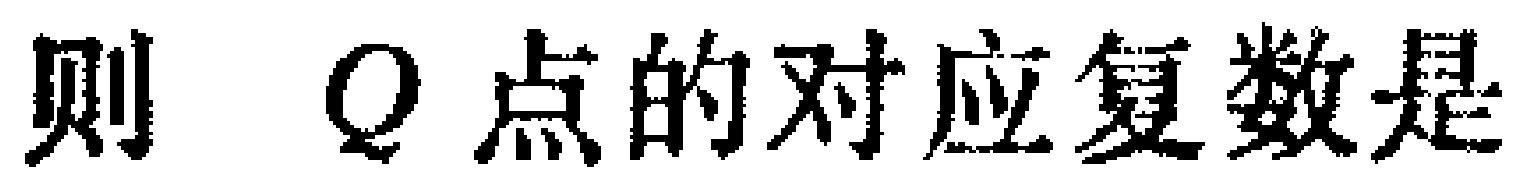
则 \(Q\) 点的对应复数是